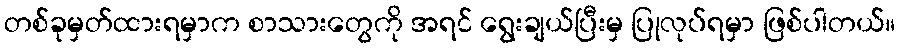
တစ်ခုမှတ်ထားရမှာက စာသားတွေကို အရင် ရွေးချယ်ပြီးမှ ပြုလုပ်ရမှာ ဖြစ်ပါတယ်။